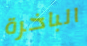
الباخرة